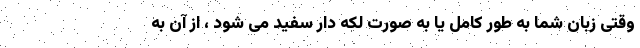
وقتی زبان شما به طور کامل یا به صورت لکه دار سفید می شود ، از آن به